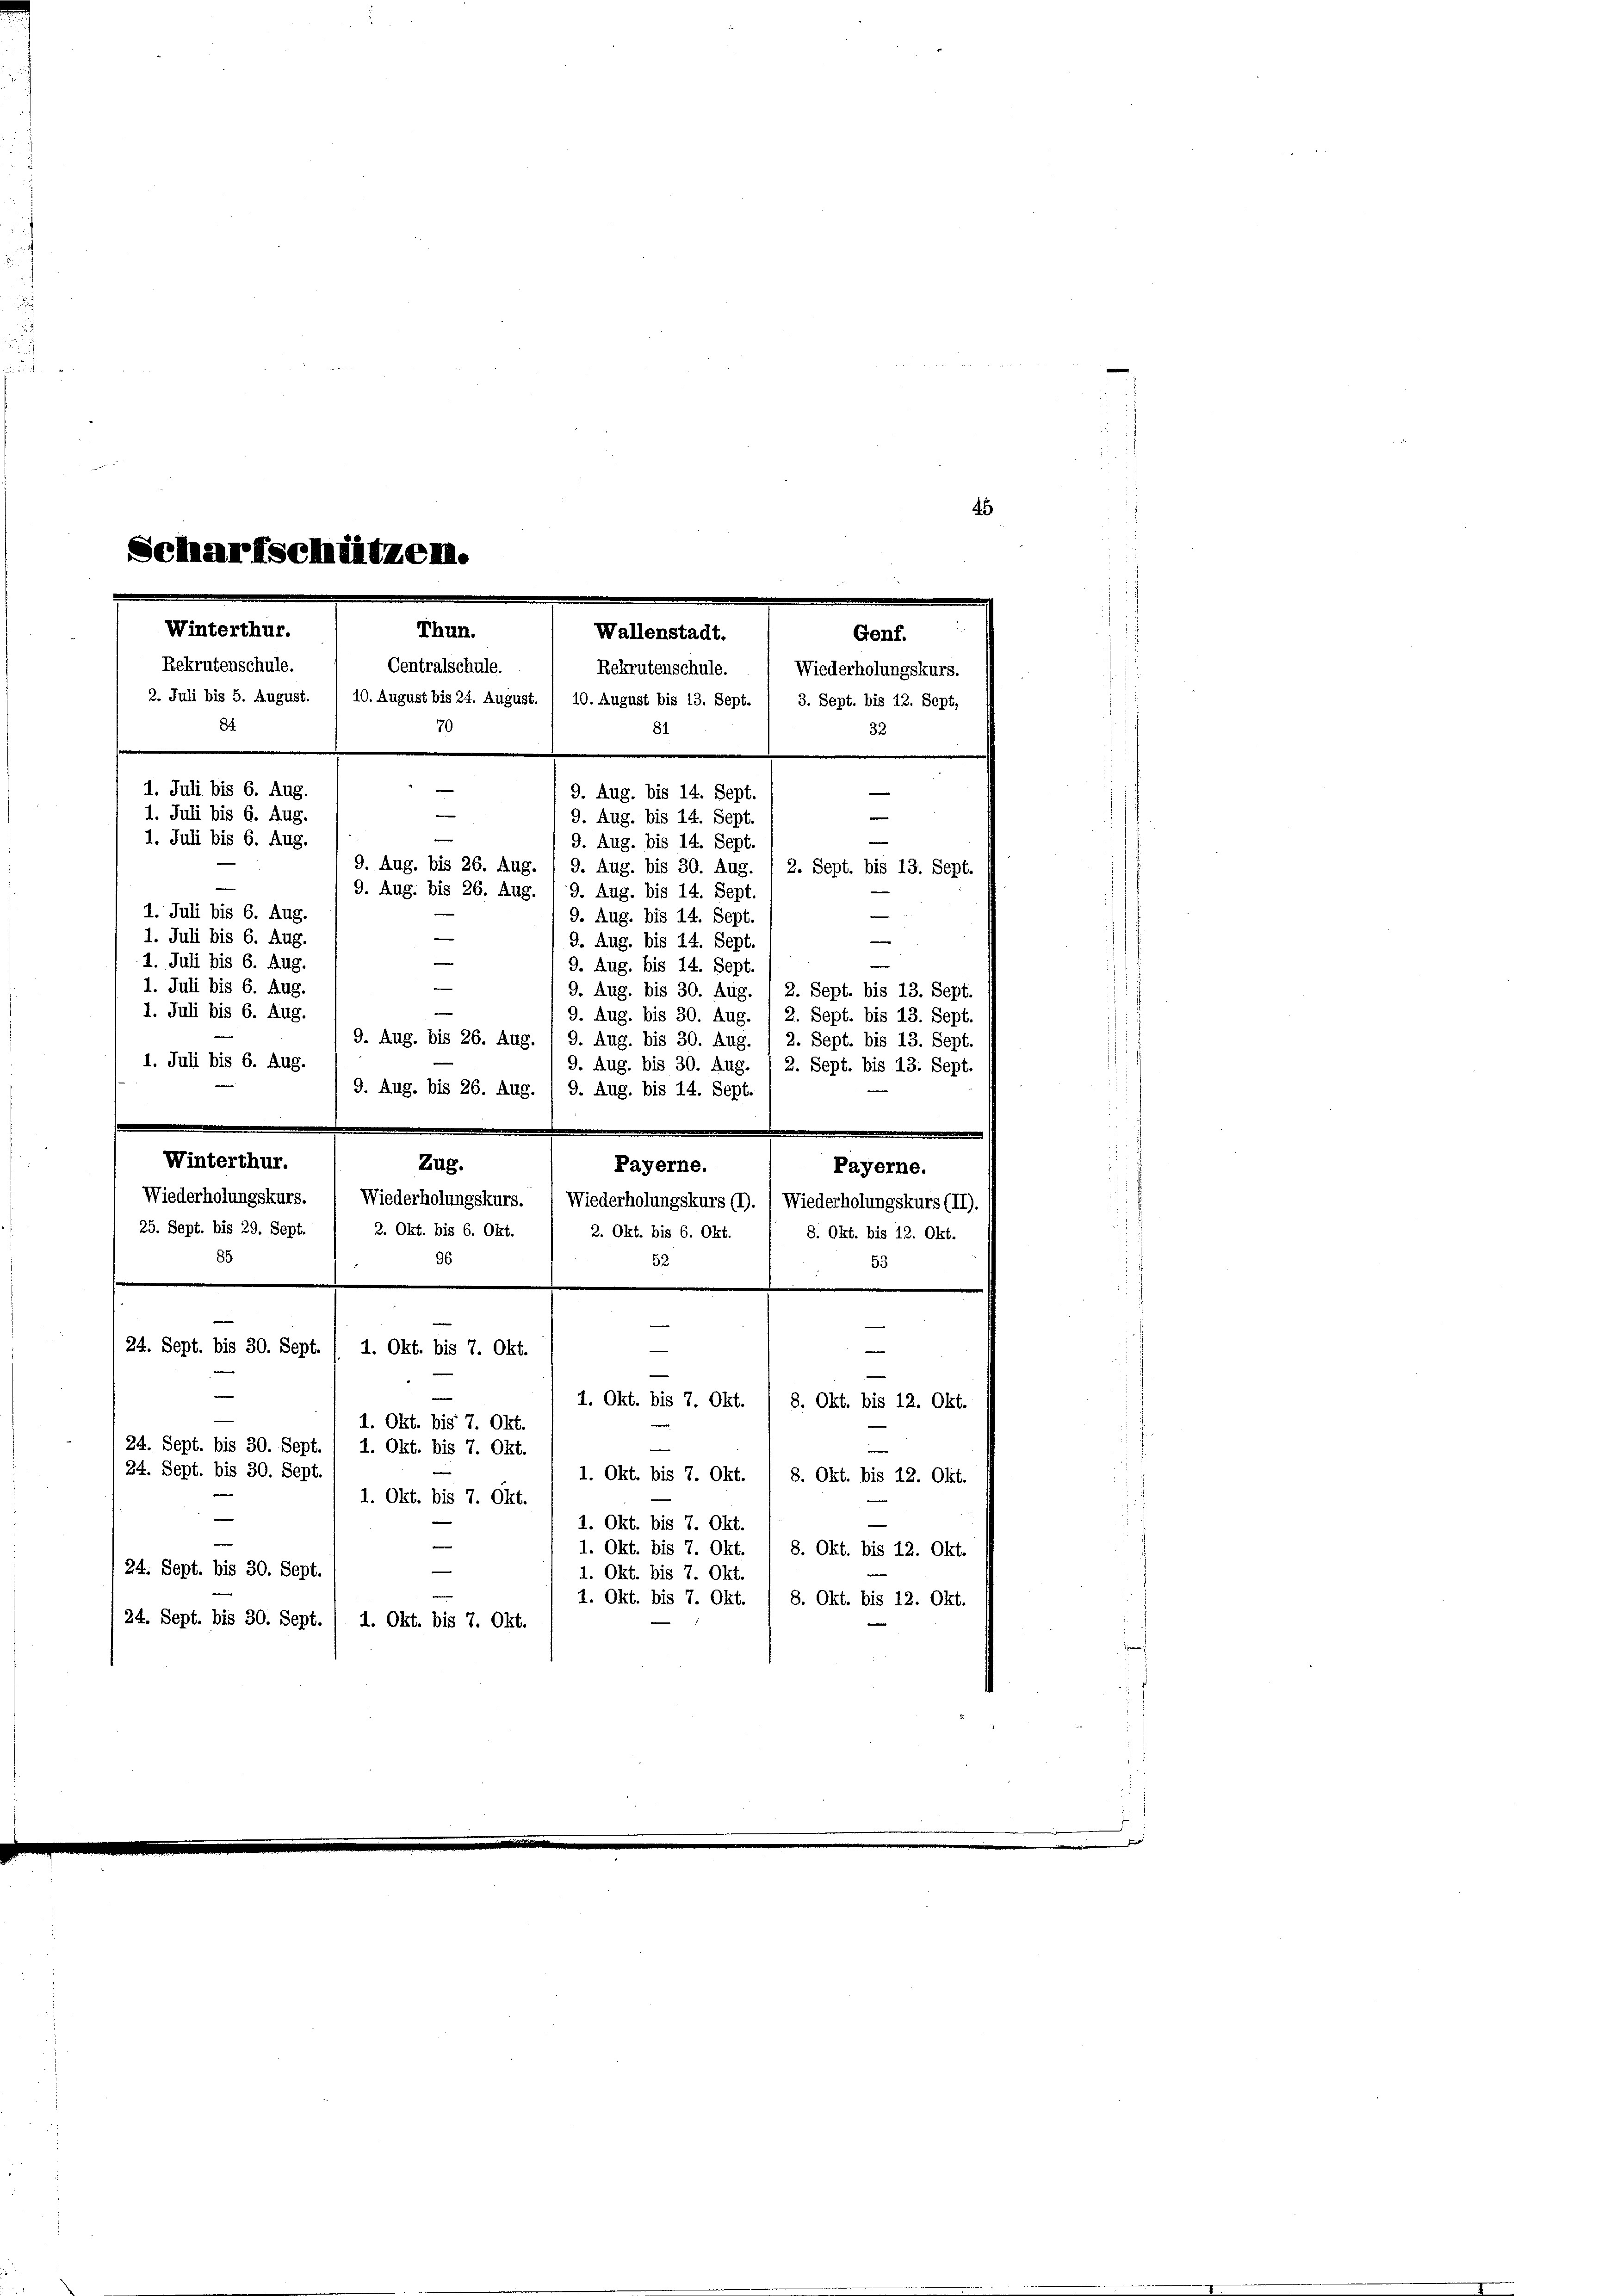
Scharfschützen.
Winterthur.
Thun.
Wallenstadt.
Genf.
Rekrutenschule.
Centralschule.
Rekrutenschule.
Wiederholungskurs.
2. Juli bis 5. August. / 10. August bis 24. August. / 10. August bis 13. Sept. / 3. Sept. bis 12. Sept,
84.
70
32
81
e
1. Juli bis 6. Aug.
9. Aug. bis 14. Sept.
—
e
1. Juli bis 6. Aug.
9. Aug. bis 14. Sept.
1. Juli bis 6. Aug.
9. Aug. bis 14. Sept.
9. Aug. bis 26. Aug. 1 9. Aug. bis 30. Aug. / 2. Sept. bis 13. Sept.
9. Aug. bis 26. Aug. / 9. Aug. bis 14. Sept.

1. Juli bis 6. Aug.
9. Aug. bis 14. Sept.
1. Juli bis 6. Aug.
9. Aug. bis 14. Sept.
1. Juli bis 6. Aug.
e
9. Aug. bis 14. Sept.
e
1. Juli bis 6. Aug.
9. Aug. bis 30. Aug. / 2. Sept. bis 13. Sept.
1. Juli bis 6. Aug.
9. Aug. bis 26. Aug. 1 9. Aug. bis 30. Aug. / 2. Sept. bis 13. Sept.
1. Juli bis 6. Aug.
9. Aug. bis 30. Aug. 1 2. Sept. bis 13. Sept.
9. Aug. bis 26. Aug. / 9. Aug. bis 14. Sept.
Winterthur.
Payerne.
Wiederholungskurs.  Wiederholungskurs. 1 Wiederholungskurs (I). (Wiederholungskurs (II).
25. Sept. bis 29. Sept. 1 2. Okt. bis 6. Okt. / 2. Okt. bis 6. Okt. / 8. Okt. bis 12. Okt.
85
96
52
53
—
24. Sept. bis 30. Sept.
—
1. Okt. bis 7. Okt.
—
e
b
1. Okt. bis 7. Okt.
8. Okt. bis 12. Okt.
e
1. Okt. bis 7. Okt.
24. Sept. bis 30. Sept. / 1. Okt. bis 7. Okt.
24. Sept. bis 30. Sept
1. Okt. bis 7. Okt. / 8. Okt. bis 12. Okt.
1. Okt. bis 7. Okt.
1. Okt. bis 7. Okt.
e
1. Okt. bis 7. Okt.
8. Okt. bis 12. Okt.
e
24. Sept. bis 30. Sept.
1. Okt. bis 7. Okt.
1. Okt. bis 7. Okt.
8. Okt. bis 12. Okt.
 24. Sept. bis 30. Sept. / 1. Okt. bis 7. Okt.

—

Zug.

e
e

9. Aug. bis 30. Aug. 1 2. Sept. bis 13. Sept.
Payerne.

45